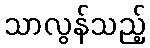
သာလွန်သည့်